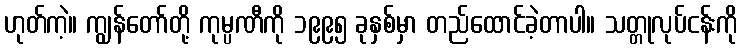
ဟုတ်ကဲ့။ ကျွန်တော်တို့ ကုမ္ပဏီကို ၁၉၉၅ ခုနှစ်မှာ တည်ထောင်ခဲ့တာပါ။ သတ္တုလုပ်ငန်းကို